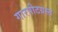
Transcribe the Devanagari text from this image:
गारपीटग्रस्त